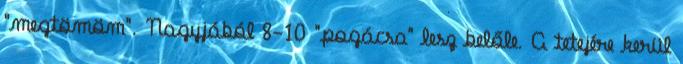
"megtömöm". Nagyjából 8-10 "pogácsa" lesz belőle. A tetejére kerül